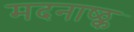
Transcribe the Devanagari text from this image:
मदनाष्ठ्क